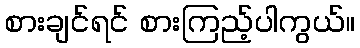
စားချင်ရင် စားကြည့်ပါကွယ်။